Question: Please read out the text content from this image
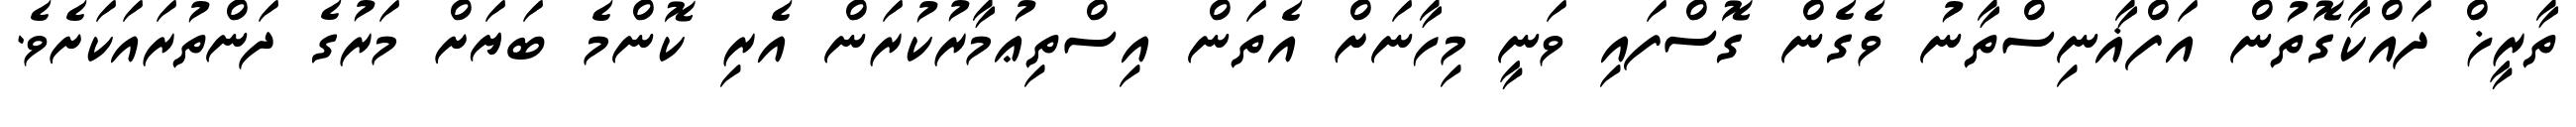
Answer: ތާރީޚް ދައްކާގޮތުން އަފްޣާނިސްތާނު ވެގެން ގޮސްފައި ވަނީ މިހާނަށް އެތަން އިސްތިޢުމާރުކުރަން އެރި ކޮންމެ ބަޔަށް މަރުގެ ދަންތުރައަކަށެވެ.